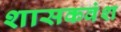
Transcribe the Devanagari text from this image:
शासकवंश